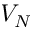
V _ { N }